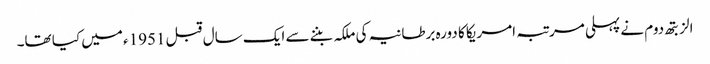
الزبتھ دوم نے پہلی مرتبہ امریکا کا دورہ برطانیہ کی ملکہ بننے سے ایک سال قبل 1951ء میں کیا تھا۔